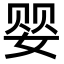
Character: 婴